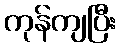
ကုန်ကျပြီး